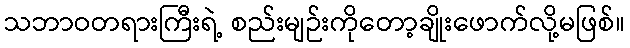
သဘာဝတရားကြီးရဲ့ စည်းမျဉ်းကိုတော့ချိုးဖောက်လို့မဖြစ်။